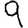
Digit: 9